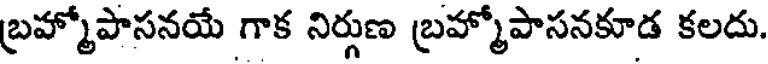
బ్రహ్మోపాసనయే గాక నిర్గుణ బ్రహ్మోపాసనకూడ కలదు.